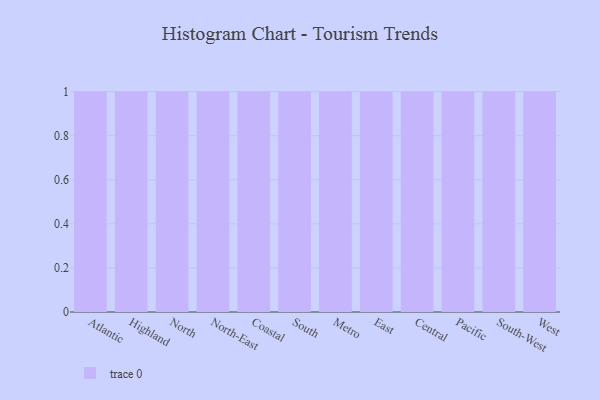
{"axis": {"x": "Region", "y": "Website Visitors"}, "legend": [""], "data": [{"x": "Atlantic", "y": 91, "type": ""}, {"x": "Highland", "y": 66, "type": ""}, {"x": "North", "y": 44, "type": ""}, {"x": "North-East", "y": 26, "type": ""}, {"x": "Coastal", "y": 57, "type": ""}, {"x": "South", "y": 65, "type": ""}, {"x": "Metro", "y": 23, "type": ""}, {"x": "East", "y": 11, "type": ""}, {"x": "Central", "y": 51, "type": ""}, {"x": "Pacific", "y": 55, "type": ""}, {"x": "South-West", "y": 79, "type": ""}, {"x": "West", "y": 85, "type": ""}]}